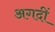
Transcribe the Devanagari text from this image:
अगदीं